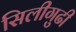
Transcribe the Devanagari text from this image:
सिलीगुढी